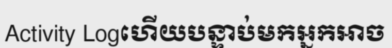
Activity Logហើយបន្ទាប់មកអ្នកអាច